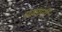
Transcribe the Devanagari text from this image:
माघानी